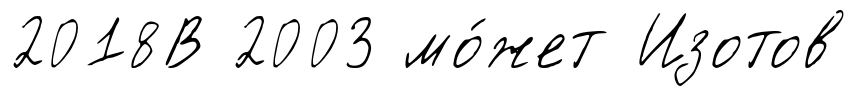
2018В 2003 мо́жет Изотов